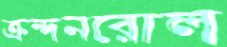
ক্রন্দনরোল